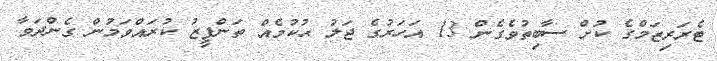
ޓެރަރިޒަމްގެ ކުށް ސާބިތުވެގެން 13 އަހަރުގެ ޖަލު ޙުކުމެއް ތަންފީޒު ކުރައްވަމުން ގެންދަވާ